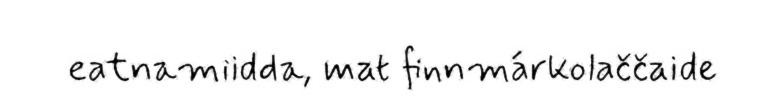
eatnamiidda, mat finnmárkolaččaide